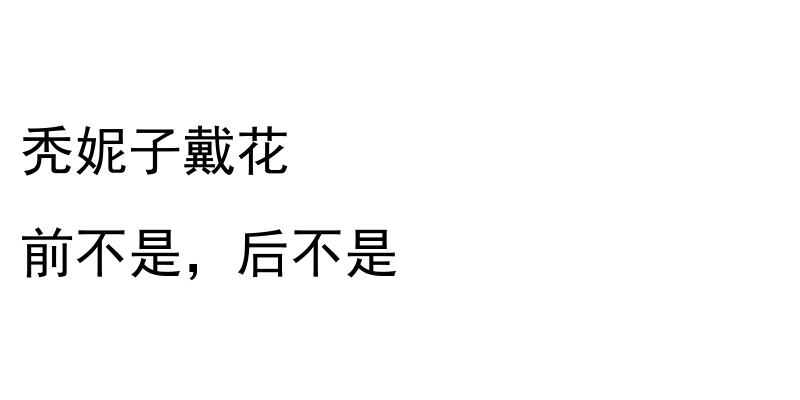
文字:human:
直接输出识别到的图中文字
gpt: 秃妮子戴花 前不是，后不是